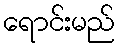
ရောင်းမည်